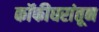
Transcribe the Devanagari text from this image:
कॉफीघरांतून